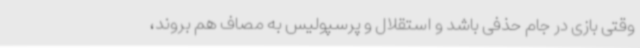
وقتی بازی در جام حذفی باشد و استقلال و پرسپولیس به مصاف هم بروند،